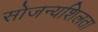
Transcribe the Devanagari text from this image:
सोजन्यशिलता